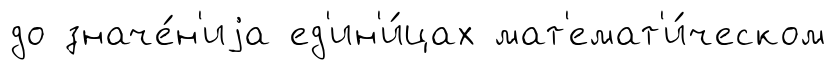
до значе́н'иjа ед'ин'и́цах мат'емат'и́ческом